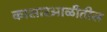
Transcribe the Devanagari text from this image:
कासारआळीतील